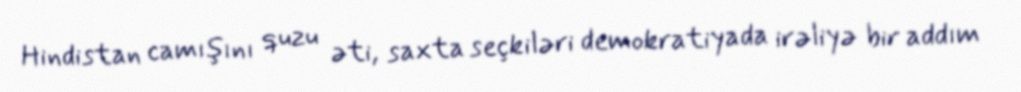
Hindistan camışını quzu əti, saxta seçkiləri demokratiyada irəliyə bir addım